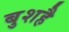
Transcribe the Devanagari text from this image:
बुशहै